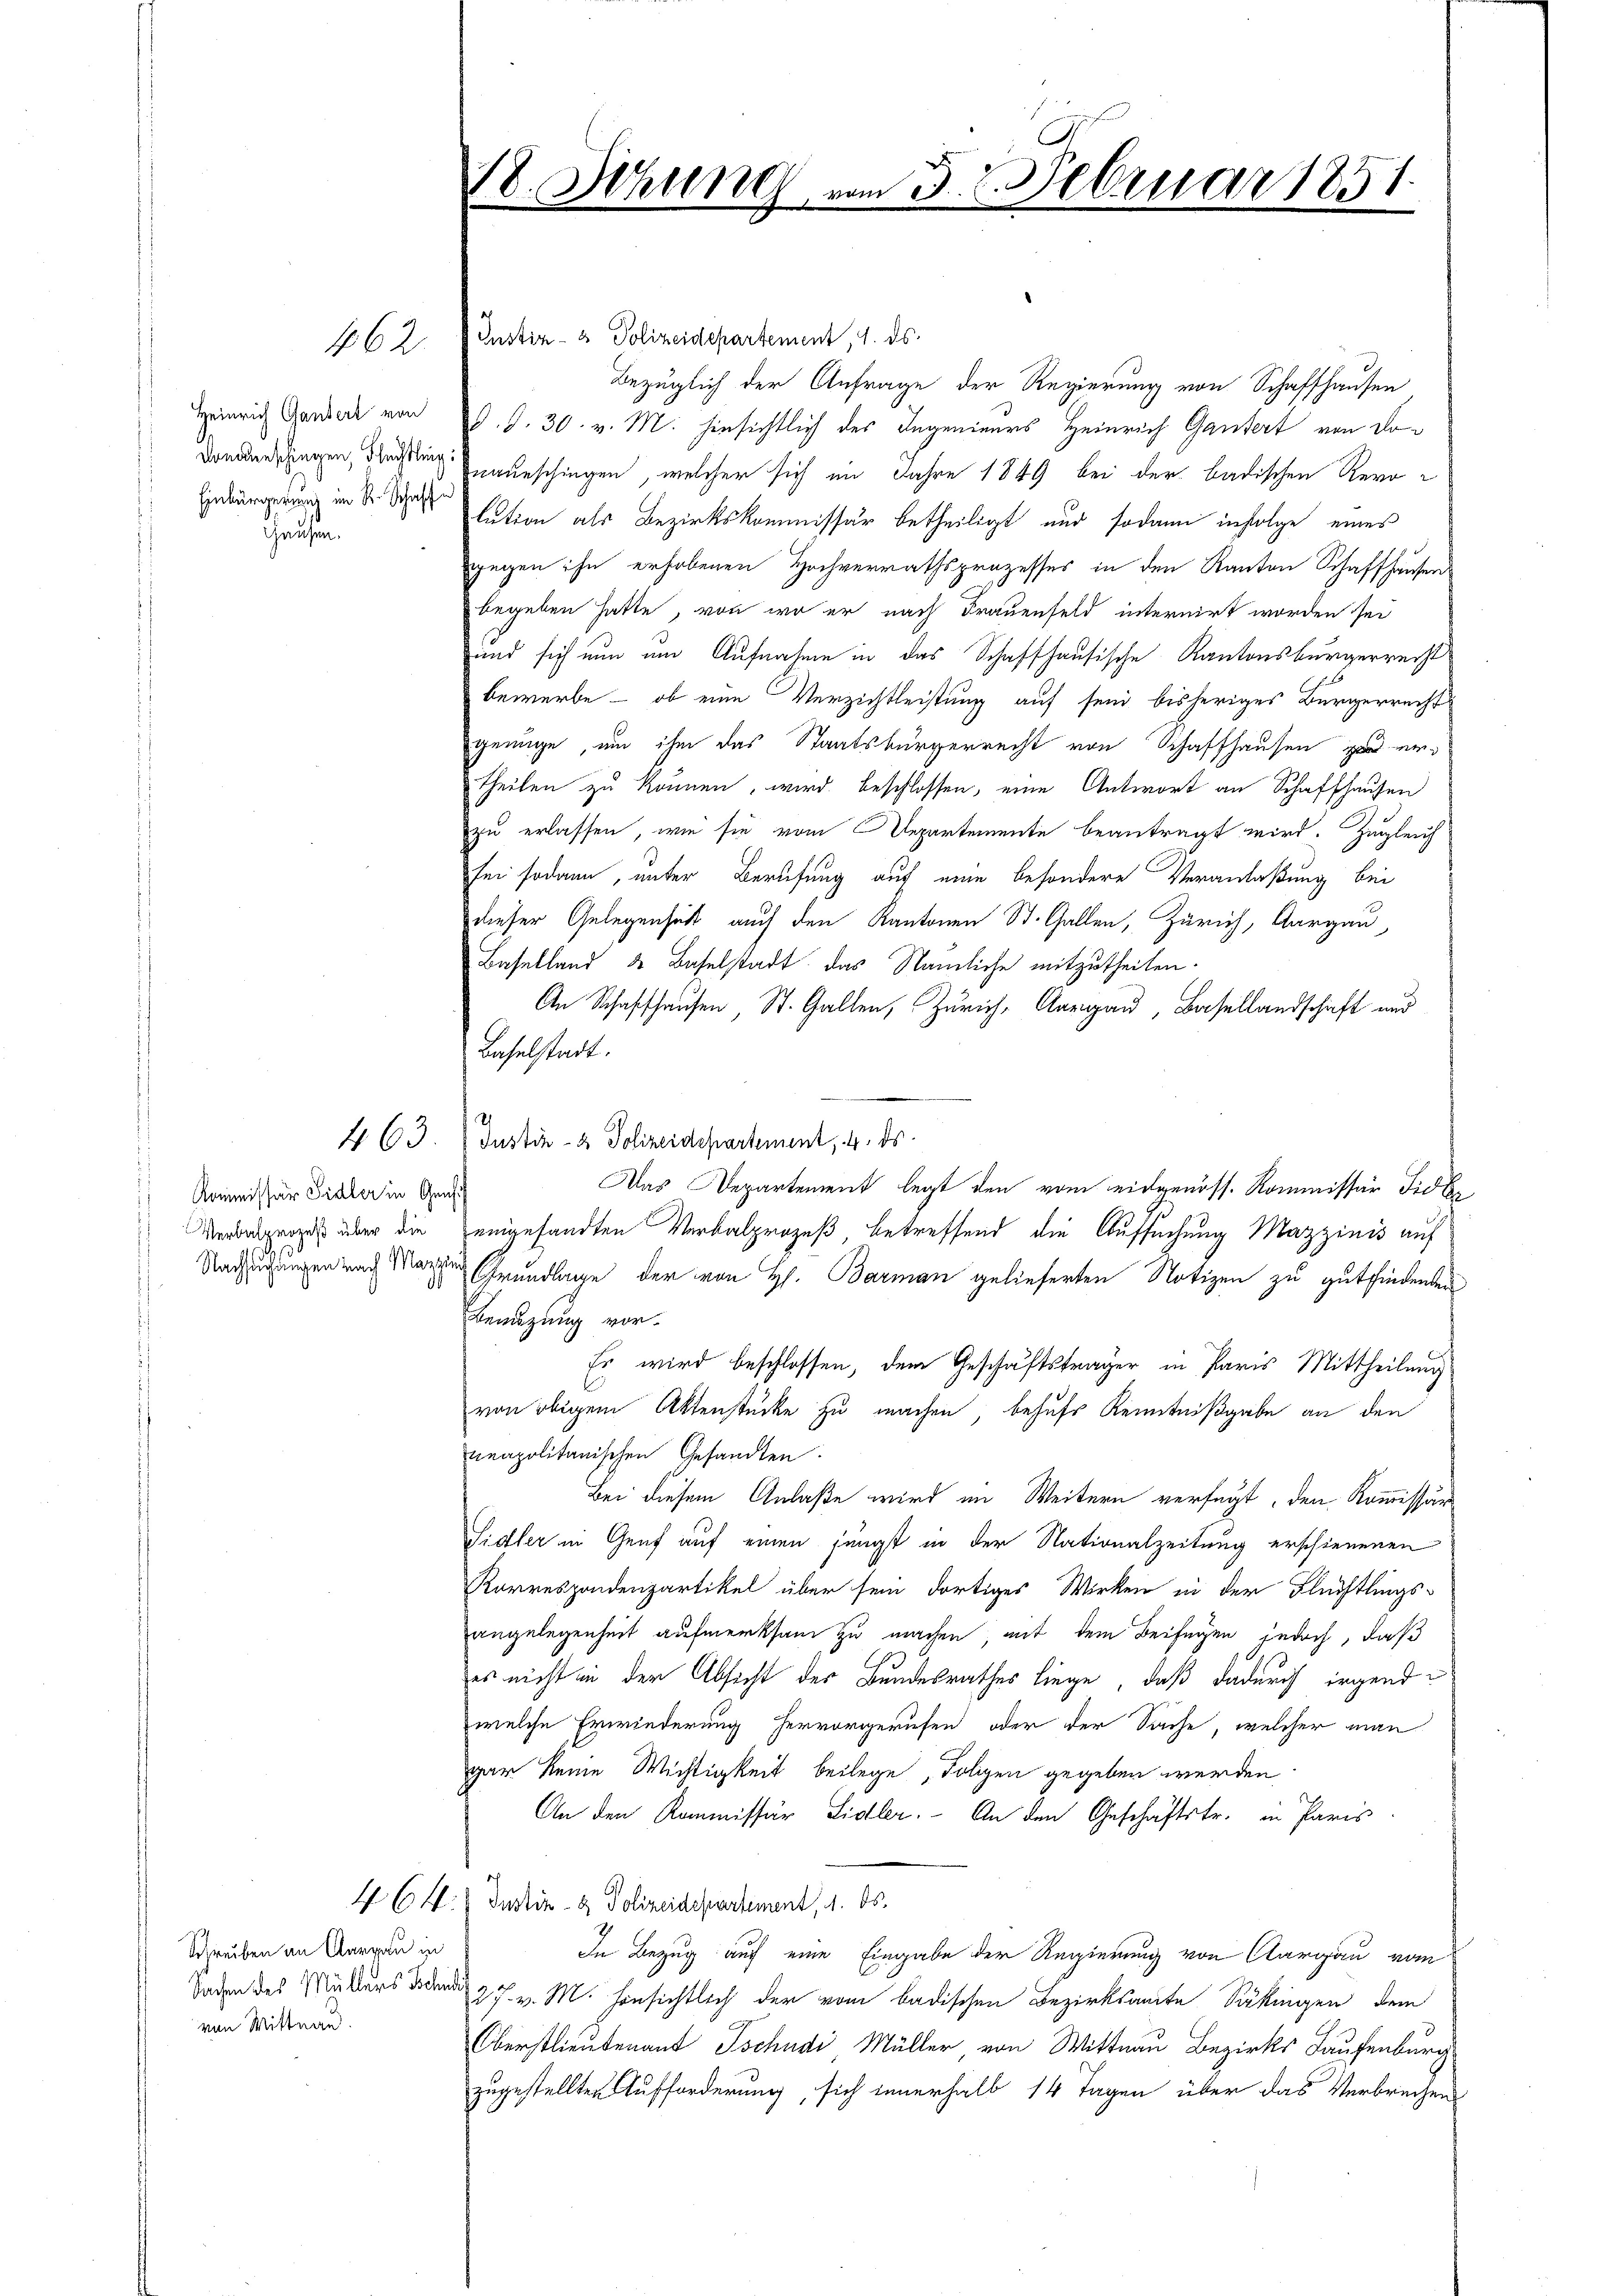
Heinrich Ganzert von
Hausen.

462.

Kommissar Sidler in Geni

463

Schreiben an Aargau in
von Mittnau.

Justiz- & Polizeidepartement, 1. ds.
Bezüglich der Anfrage der Regierung von Schaffhausen
d. d. 30. v. M. hinsichtlich des Ingenieurs Heinrich Gantert von Dodankenschagen, deßen Baueschingen, welcher sich im Jahre 1849 bei der badischen Revo
Endürgerung in Dr. Schaft tution als Bezirkskommissur betheiligt und sodann infolge eines
gegen ihn erhobenen Hochverrathsprozesses in den Kanton Schaffhausen
begeben hatte, von wo er nach Frauenfeld internirt worden sei
und sich nun um Aufnahme in das Schaffhausische Kantonsbürgerrecht
bewerbe - ob eine Verzichtleistung auf seid bisheriges Bürgerrecht
genüge, um ihm das Staatsbürgerrecht von Schaffhausen zu ertheilen zu können, wird beschlossen, eine Antwort an Schaffhausen
zu erlassen, wie sie vom Departemente beantragt wird. Zugleich
sei sodann, unter Berufung auf eine besondere Veranlaßung bei
dieser Gelegenheit auch den Kantonen St. Gallen, Zürich, Aargau
Baselland & Baselstadt das Nämliche mitzutheilen.
An Schaffhausen, St. Gallen, Zürich, Aargau, Basellandschaft und
Baselstadt.
Justiz- & Polizeidepartement, 4. ds.
Das Departement legt den vom eidgenöss. Kommissär Fidbe
Verdigens über die eingesandten Verbalprozeß, betreffend die Aufsuchung Mazzinis auf
Nachzugungen nach Marien Grundlage der von H. Barman gelieferten Notizen zu gutfindenden
Benuzung vor.
Es wird beschlossen, dem Geschäftsträger in Paris Mittheilung
von obigem Aktenstücke zu machen, behufs Kenntnißgabe an den
neapolitanischen Gesandten
Bei diesem Anlaße wird im Weitern verfügt, den Kommissär
Sidler in Genf auf einen jüngst in der Nationalzeitung erschienenen
Rorrespondenzartikel über sein dortiges Wirken in der Flüchtlings-
angelegenheit aufmerksam zu machen, mit dem Beifügen jedoch, daß
es nicht in der Absicht des Bundesrathes liege, daß dadurch irgend
welche Erwiederung hervorgerufen oder der Sache, welcher man
gar keine Wichtigkeit beilege, Folgen gegeben werden
An den Kommissär Sidler. An den Geschäftstr. in Paris
464. Justiz- & Polizeidepartement, 1. ds.
In Bezug auf eine Eingabe der Regierung von Aargau vom
Saden des Mutters 27. v. M. hinsichtlich der vom badischen Bezirksamte Säkingen dem
Oberstlieutenant Tschudi Müller von Wittnau Bezirks Laufenburg
zugestellten Aufforderung, sich innerhalb 14 Tagen über das Verbrechen

18. Sitzung vom 3. 2. Februar 1851.